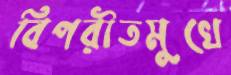
বিপরীতমুখে